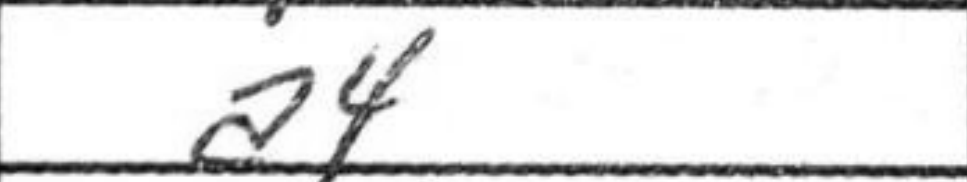
Transcription: a4